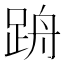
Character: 𲃢